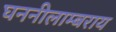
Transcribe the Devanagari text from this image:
घननीलाम्बराय